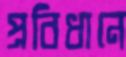
প্রবিধানে